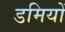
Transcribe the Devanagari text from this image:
डमियों